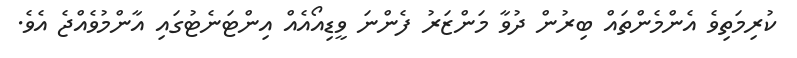
ކުރިމަތިވެ އެންމެންތައް ބިރުން ދުވާ މަންޒަރު ފެންނަ ވީޑިއޯއެއް އިންޓަނެޓުގައި އާންމުވެއްޖެ އެވެ.